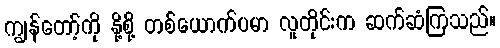
ကျွန်တော့်ကို နို့စို့ တစ်ယောက်ပမာ လူတိုင်းက ဆက်ဆံကြသည်။